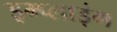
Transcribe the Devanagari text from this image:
इम्प्‍लाइंग